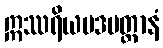
ဣဿရိယမဒမတ္တာနံ